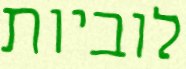
לוביות